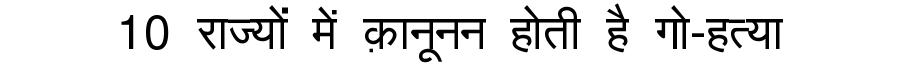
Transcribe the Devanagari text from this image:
10 राज्यों में क़ानूनन होती है गो-हत्या